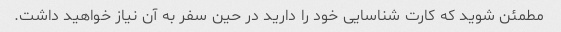
مطمئن شوید که کارت شناسایی خود را دارید در حین سفر به آن نیاز خواهید داشت.